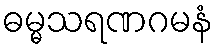
ဓမ္မသရဏဂမနံ